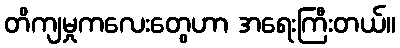
တိကျမှုကလေးတွေဟာ အရေးကြီးတယ်။